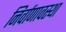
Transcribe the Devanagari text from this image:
निर्वाणावस्था